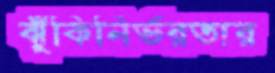
ঝুঁকিনির্ভরতার